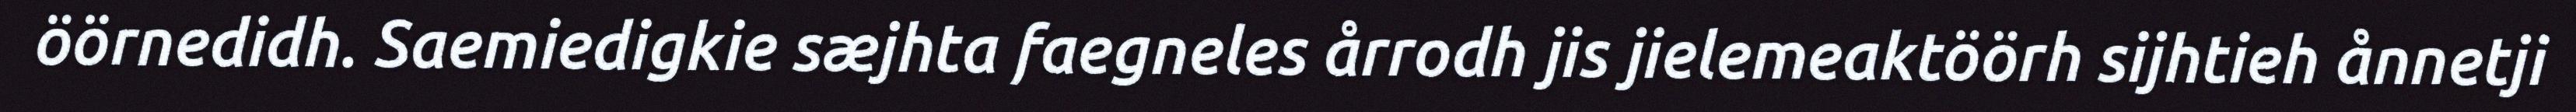
öörnedidh. Saemiedigkie sæjhta faegneles årrodh jis jielemeaktöörh sijhtieh ånnetji